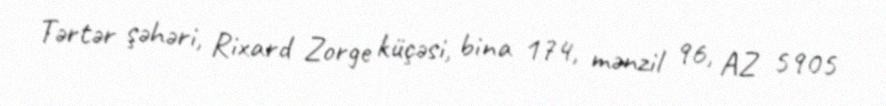
Tərtər şəhəri, Rixard Zorge küçəsi, bina 174, mənzil 96, AZ 5905